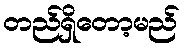
တည်ရှိတော့မည်